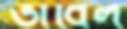
ভাবিল